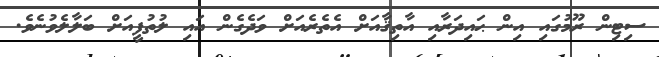
ސިޓިން ރޫމުގައި އިން ޙައިދަރާއި އާތިޤާއަށް އެތެރެއަށް ވަދެގެން އައި ލުތުފީއަށް ބަލާލެވުނެވެ.